Trukikaitis_Postimees, lk 8
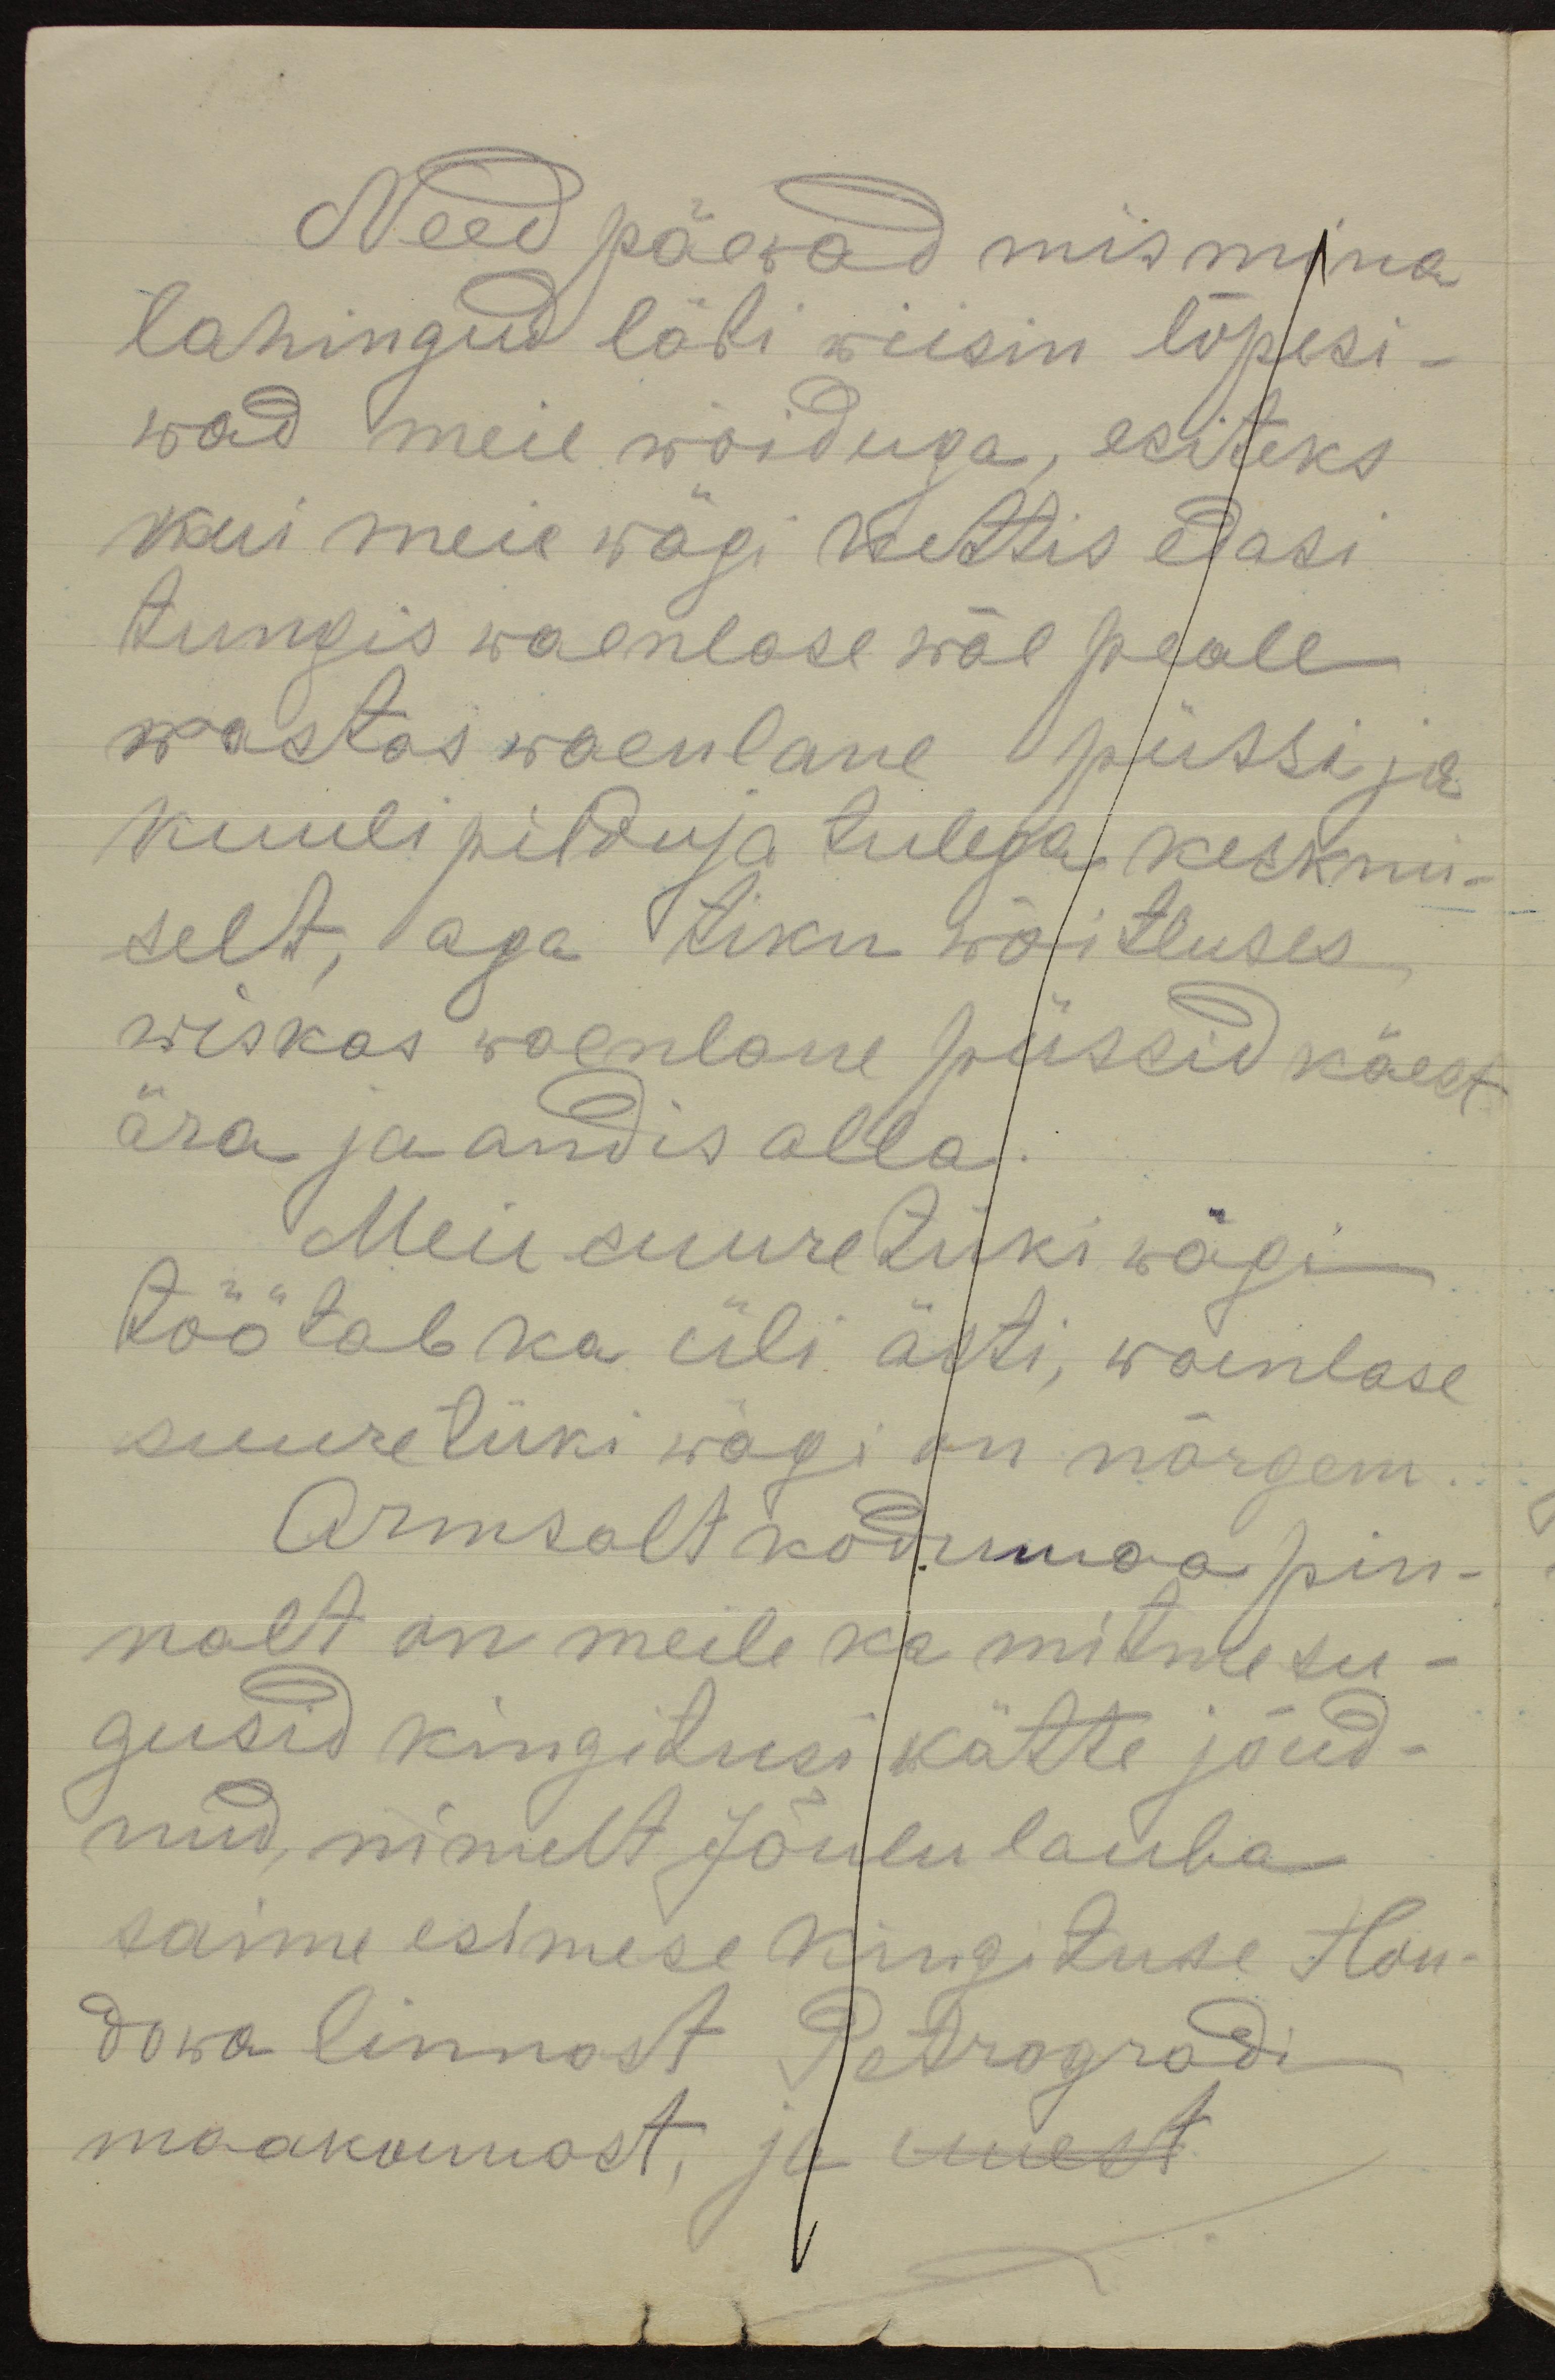
Need päewad mis mina
lahingud läbi wiisin lõpesi-
wad meie wõiduga, esiteks
kui meie wägi kettis edasi
tungis waenlase wäe peale
wastas waenlane püssi ja
kuulipilduja tulega keskmi-
selt, aga tiku wõitluses
wiskas waenlane püssid käest
ära ja andis alla.
Meie suuretüki wägi
töötab ka üli ästi, waenlase
suuretüki wägi on nõrgem.
Armsalt kodumaa pin-
nalt on meile ka mitmesu-
gusid kingitusi kätte jõud-
nud, nimelt Jõulu lauba
saime esimese kingituse Hou-
dowa linnast Petrogradi
maakonnast, ja uuest